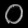
Digit: ၀